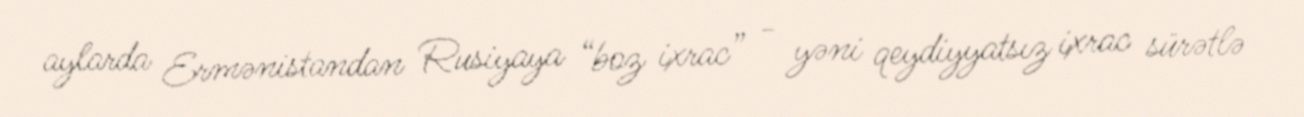
aylarda Ermənistandan Rusiyaya “boz ixrac” - yəni qeydiyyatsız ixrac sürətlə